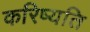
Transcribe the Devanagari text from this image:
करिष्यति